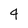
Character: 4